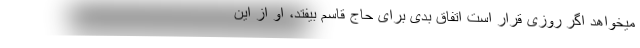
میخواهد اگر روزی قرار است اتفاق بدی برای حاج قاسم بیفتد، او از این